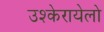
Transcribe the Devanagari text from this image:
उश्केरायेलो